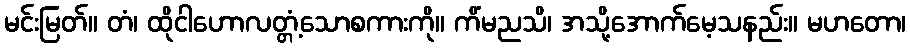
မင်းမြတ်။ တံ၊ ထိုငါဟောလတ္တံ့သောစကားကို။ ကိံမညသိ၊ အသို့အောက်မေ့သနည်း။ မဟတော၊